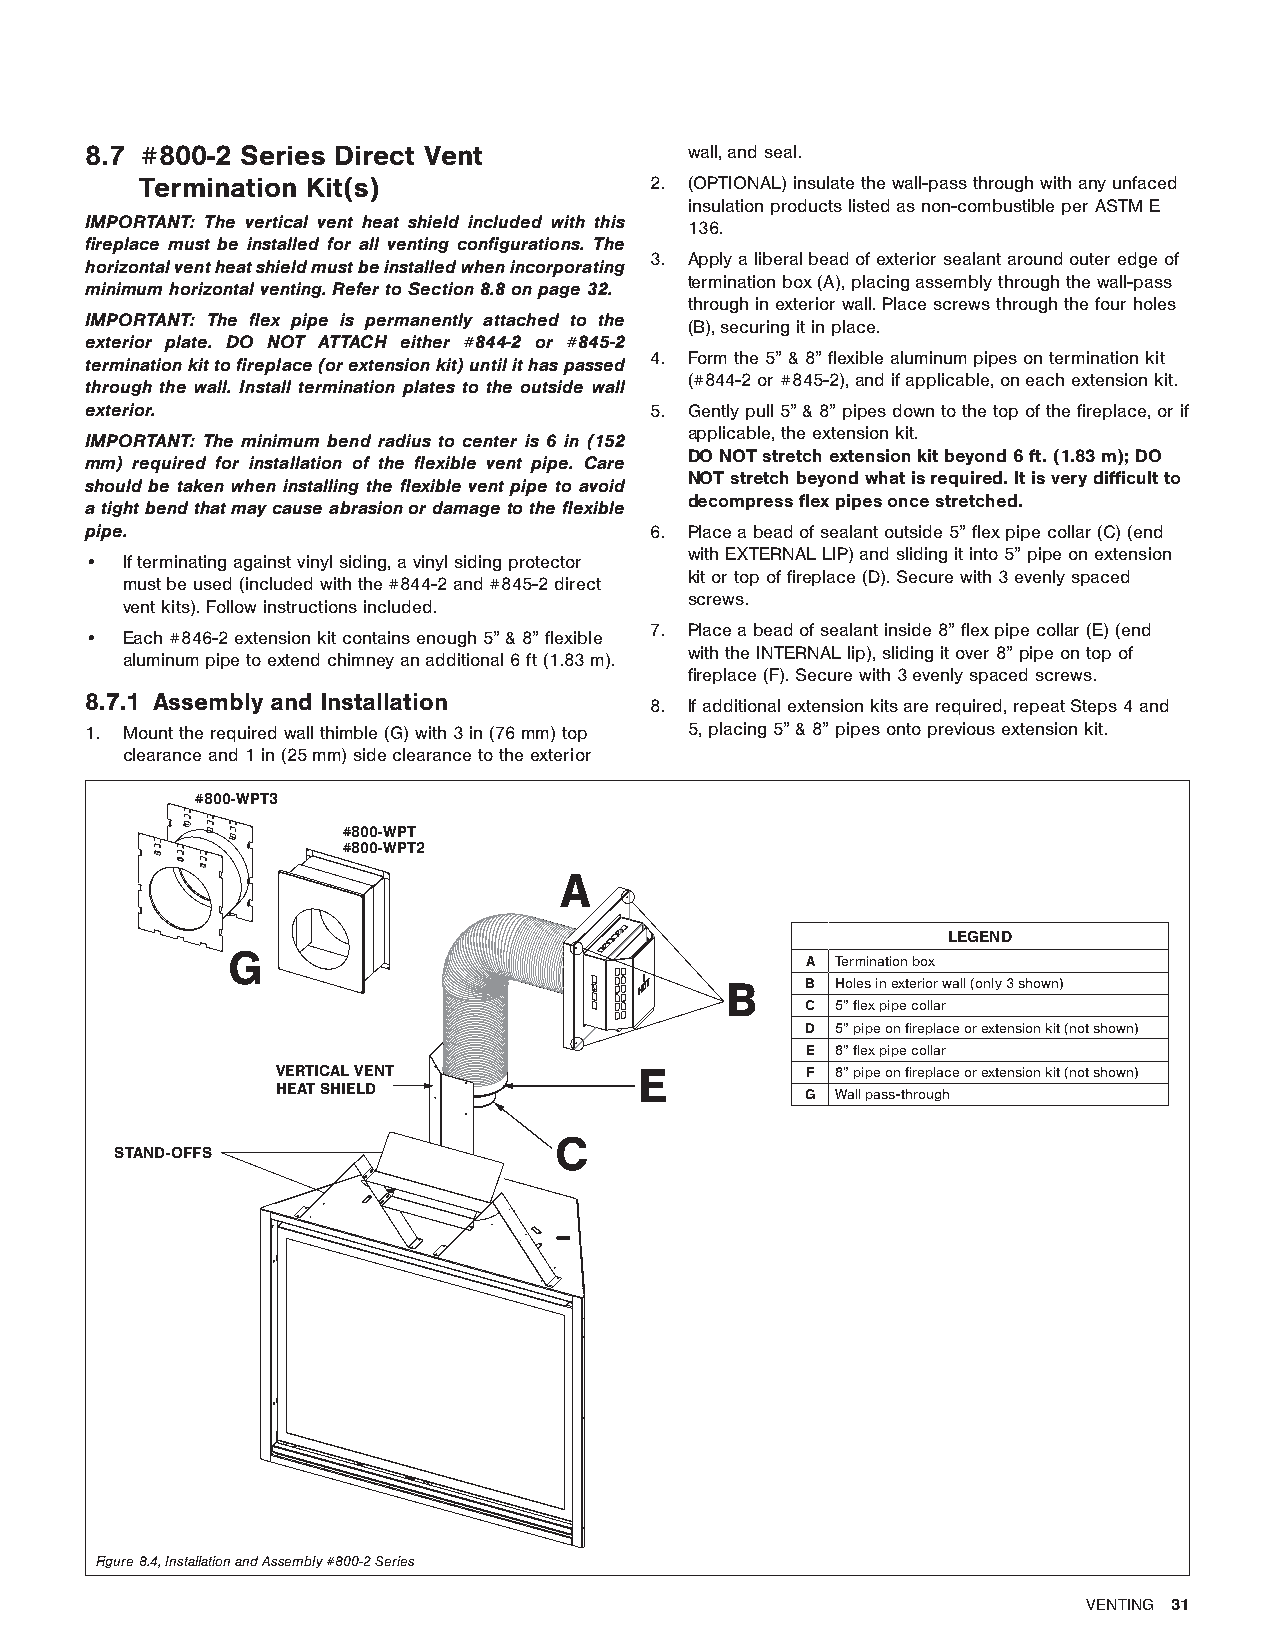
8.7 #800-2 Series Direct Vent           wall, and seal.
 Termination Kit(s)                2. (OPTIONAL) insulate the wall-pass through with any unfaced
 insulation products listed as non-combustible per ASTM E
 IMPORTANT: The vertical vent heat shield included with this
 136.
 fireplace must be installed for all venting configurations. The
 3. Apply a liberal bead of exterior sealant around outer edge of
 horizontal vent heat shield must be installed when incorporating
 termination box (A), placing assembly through the wall-pass
 minimum horizontal venting. Refer to Section 8.8 on page 32.
 through in exterior wall. Place screws through the four holes
 IMPORTANT: The flex pipe is permanently attached to the
 (B), securing it in place.
 exterior plate. DO NOT ATTACH either #844-2 or #845-2
 4. Form the 5” & 8” flexible aluminum pipes on termination kit
 termination kit to fireplace (or extension kit) until it has passed
 (#844-2 or #845-2), and if applicable, on each extension kit.
 through the wall. Install termination plates to the outside wall
 exterior.                            5. Gently pull 5” & 8” pipes down to the top of the fireplace, or if
 applicable, the extension kit.
 IMPORTANT: The minimum bend radius to center is 6 in (152
 DO NOT stretch extension kit beyond 6 ft. (1.83 m); DO
 mm) required for installation of the flexible vent pipe. Care
 NOT stretch beyond what is required. It is very difficult to
 should be taken when installing the flexible vent pipe to avoid
 decompress flex pipes once stretched.
 a tight bend that may cause abrasion or damage to the flexible
 pipe.                                6. Place a bead of sealant outside 5” flex pipe collar (C) (end
 with EXTERNAL LIP) and sliding it into 5” pipe on extension
 • If terminating against vinyl siding, a vinyl siding protector
 kit or top of fireplace (D). Secure with 3 evenly spaced
 must be used (included with the #844-2 and #845-2 direct
 screws.
 vent kits). Follow instructions included.
 7. Place a bead of sealant inside 8” flex pipe collar (E) (end
 • Each #846-2 extension kit contains enough 5” & 8” flexible
 with the INTERNAL lip), sliding it over 8” pipe on top of
 aluminum pipe to extend chimney an additional 6 ft (1.83 m).
 fireplace (F). Secure with 3 evenly spaced screws.
 8.7.1 Assembly and Installation
 8. If additional extension kits are required, repeat Steps 4 and
 1. Mount the required wall thimble (G) with 3 in (76 mm) top 5, placing 5” & 8” pipes onto previous extension kit.
 clearance and 1 in (25 mm) side clearance to the exterior
 #800-WPT3
 #800-WPT
 #800-WPT2
 A
 LEGEND
 G
 A Termination box
 B    B Holes in exterior wall (only 3 shown)
 C 5” flex pipe collar
 D 5” pipe on fireplace or extension kit (not shown)
 E 8” flex pipe collar
 VERTICAL VENT           E          F 8” pipe on fireplace or extension kit (not shown)
 HEAT SHIELD
 G Wall pass-through
 C
 STAND-OFFS
 Figure 8.4, Installation and Assembly #800-2 Series
 VENTING 31